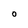
Character: 0